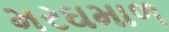
મરઘમાળ